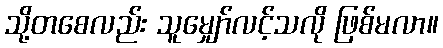
သို့တစေလည်း သူမျှော်လင့်သလို ဖြစ်မလာ။